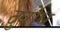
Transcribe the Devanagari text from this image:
दुर्वोध